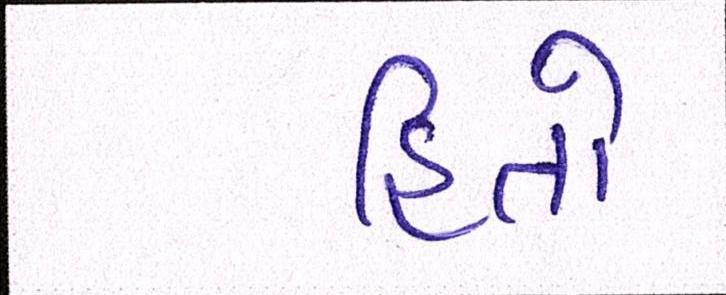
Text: હિતો